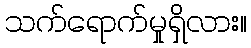
သက်ရောက်မှုရှိလား။